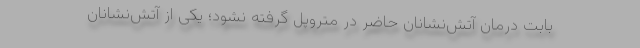
بابت درمان آتش‌نشانان حاضر در متروپل گرفته نشود؛ یکی از آتش‌نشانان